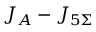
J _ { A } - J _ { 5 \Sigma }